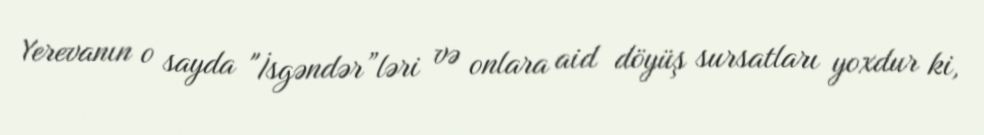
Yerevanın o sayda "İsgəndər”ləri və onlara aid döyüş sursatları yoxdur ki,